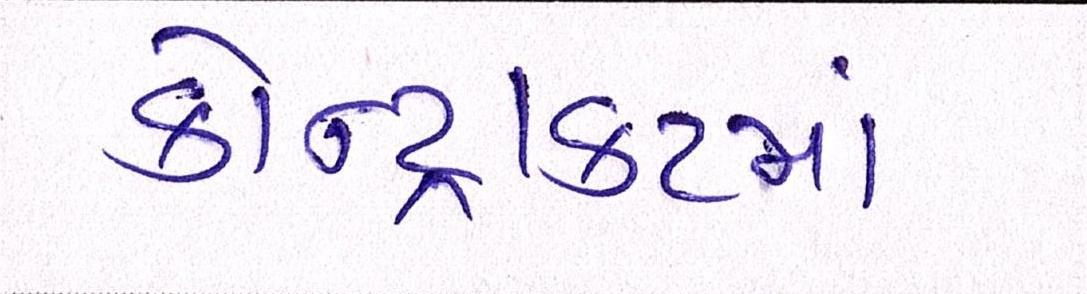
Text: કોન્ટ્રાકટમાં